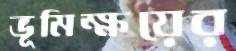
ভূমিক্ষয়ের